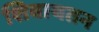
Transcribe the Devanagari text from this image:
शिवायतन